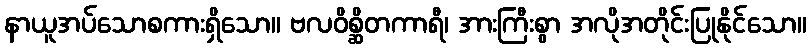
နာယူအပ်သောစကားရှိသော။ ဗလဝိစ္ဆိတကာရီ၊ အားကြီးစွာ အလိုအတိုင်းပြုနိုင်သော။